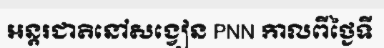
អន្តរជាតិនៅសង្វៀន PNN កាលពីថ្ងៃទី